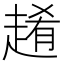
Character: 𧼡